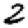
Digit: 2